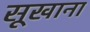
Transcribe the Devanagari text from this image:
सूखाना